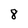
Character: 8